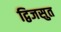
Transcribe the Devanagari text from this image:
द्विजसुत